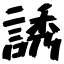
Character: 誘